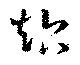
超